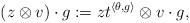
LaTeX: \begin{align*}(z \otimes v) \cdot g := z t^{\langle \theta, g\rangle} \otimes v \cdot g,\end{align*}